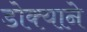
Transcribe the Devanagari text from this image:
डोक्याने